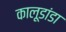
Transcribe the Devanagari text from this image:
कालूडांडा